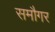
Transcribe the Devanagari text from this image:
समौगर